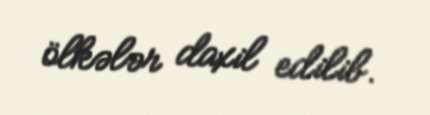
ölkələr daxil edilib.